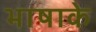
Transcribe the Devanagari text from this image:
भाषाके